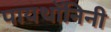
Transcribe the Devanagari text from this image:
पायथॉनिनी